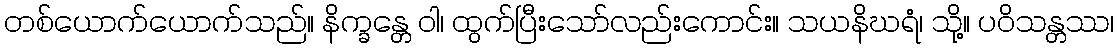
တစ်ယောက်ယောက်သည်။ နိက္ခန္တေ ဝါ၊ ထွက်ပြီးသော်လည်းကောင်း။ သယနိဃရံ၊ သို့။ ပဝိသန္တဿ၊